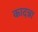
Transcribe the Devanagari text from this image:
कादन्ना